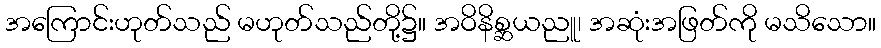
အကြောင်းဟုတ်သည် မဟုတ်သည်တို့၌။ အဝိနိစ္ဆယညူ၊ အဆုံးအဖြတ်ကို မသိသော။